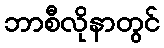
ဘာစီလိုနာတွင်